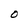
Character: O